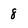
Character: 8